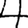
Digit: 4